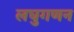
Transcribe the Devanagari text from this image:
लघुगणन